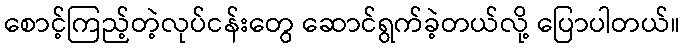
စောင့်ကြည့်တဲ့လုပ်ငန်းတွေ ဆောင်ရွက်ခဲ့တယ်လို့ ပြောပါတယ်။